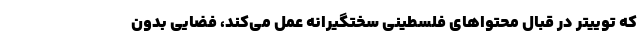
که توییتر در قبال محتواهای فلسطینی سختگیرانه عمل می‌کند، فضایی بدون